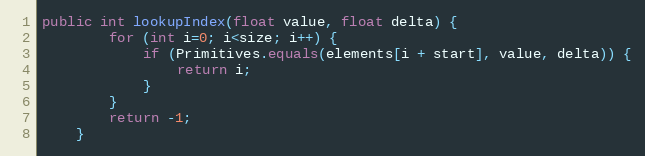
Language: Java
public int lookupIndex(float value, float delta) {
        for (int i=0; i<size; i++) {
            if (Primitives.equals(elements[i + start], value, delta)) {
                return i;
            }
        }
        return -1;
    }